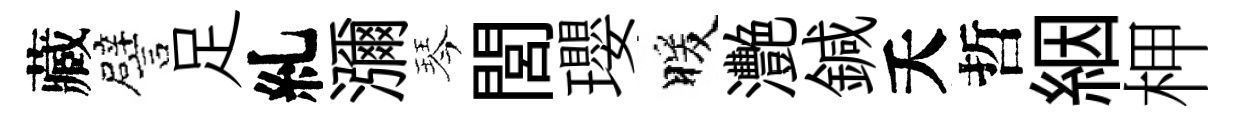
藏譬足糺瀰琴閭瓔暖灧鍼夭哲絪柙